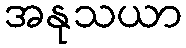
အနုသယာ